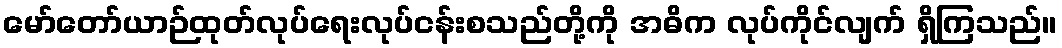
မော်တော်ယာဉ်ထုတ်လုပ်ရေးလုပ်ငန်းစသည်တို့ကို အဓိက လုပ်ကိုင်လျက် ရှိကြသည်။